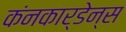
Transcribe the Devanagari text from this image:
कंनकार्डेन्स